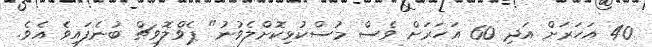
40 އަހަރަށް އަދި 60 އަހަރަށް ވެސް މުސްކުޅިކޮށްލެވުނު" ޕެވްލޮވިޗް ބުނެފައިވެ އެވެ.